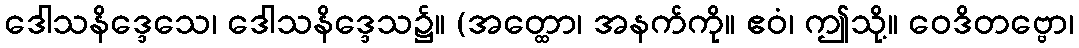
ဒေါသနိဒ္ဒေသေ၊ ဒေါသနိဒ္ဒေသ၌။ (အတ္ထော၊ အနက်ကို။ ဧဝံ၊ ဤသို့။ ဝေဒိတဗ္ဗော၊